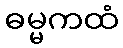
ဓမ္မကထံ